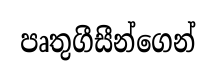
පෘතුගීසීන්ගෙන්